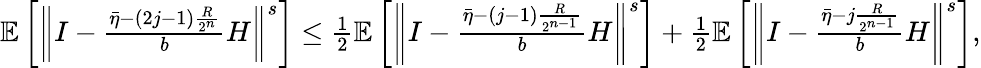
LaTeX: \begin{array}{r}{\mathbb{E}\left[\left\Vert I-\frac{\bar{\eta}-(2j-1)\frac{R}{2^{n}}}{b}H\right\Vert^{s}\right]\leq\frac{1}{2}\mathbb{E}\left[\left\Vert I-\frac{\bar{\eta}-(j-1)\frac{R}{2^{n-1}}}{b}H\right\Vert^{s}\right]+\frac{1}{2}\mathbb{E}\left[\left\Vert I-\frac{\bar{\eta}-j\frac{R}{2^{n-1}}}{b}H\right\Vert^{s}\right],}\end{array}